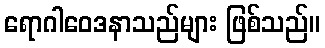
ရောဂါဝေဒနာသည်များ ဖြစ်သည်။